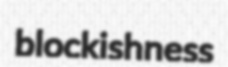
blockishness